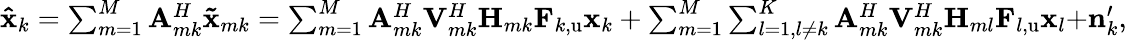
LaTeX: \begin{array}{r}{\mathbf{\hat{x}}_{k}=\sum_{m=1}^{M}{\mathbf{A}_{mk}^{H}\mathbf{\tilde{x}}_{mk}}=\sum_{m=1}^{M}{\mathbf{A}_{mk}^{H}\mathbf{V}_{mk}^{H}\mathbf{H}_{mk}\mathbf{F}_{k,\mathrm{u}}\mathbf{x}_{k}}+\sum_{m=1}^{M}{\sum_{l=1,l\ne k}^{K}{\mathbf{A}_{mk}^{H}\mathbf{V}_{mk}^{H}\mathbf{H}_{ml}\mathbf{F}_{l,\mathrm{u}}\mathbf{x}_{l}}+}\mathbf{n}_{k}^{\prime},}\end{array}